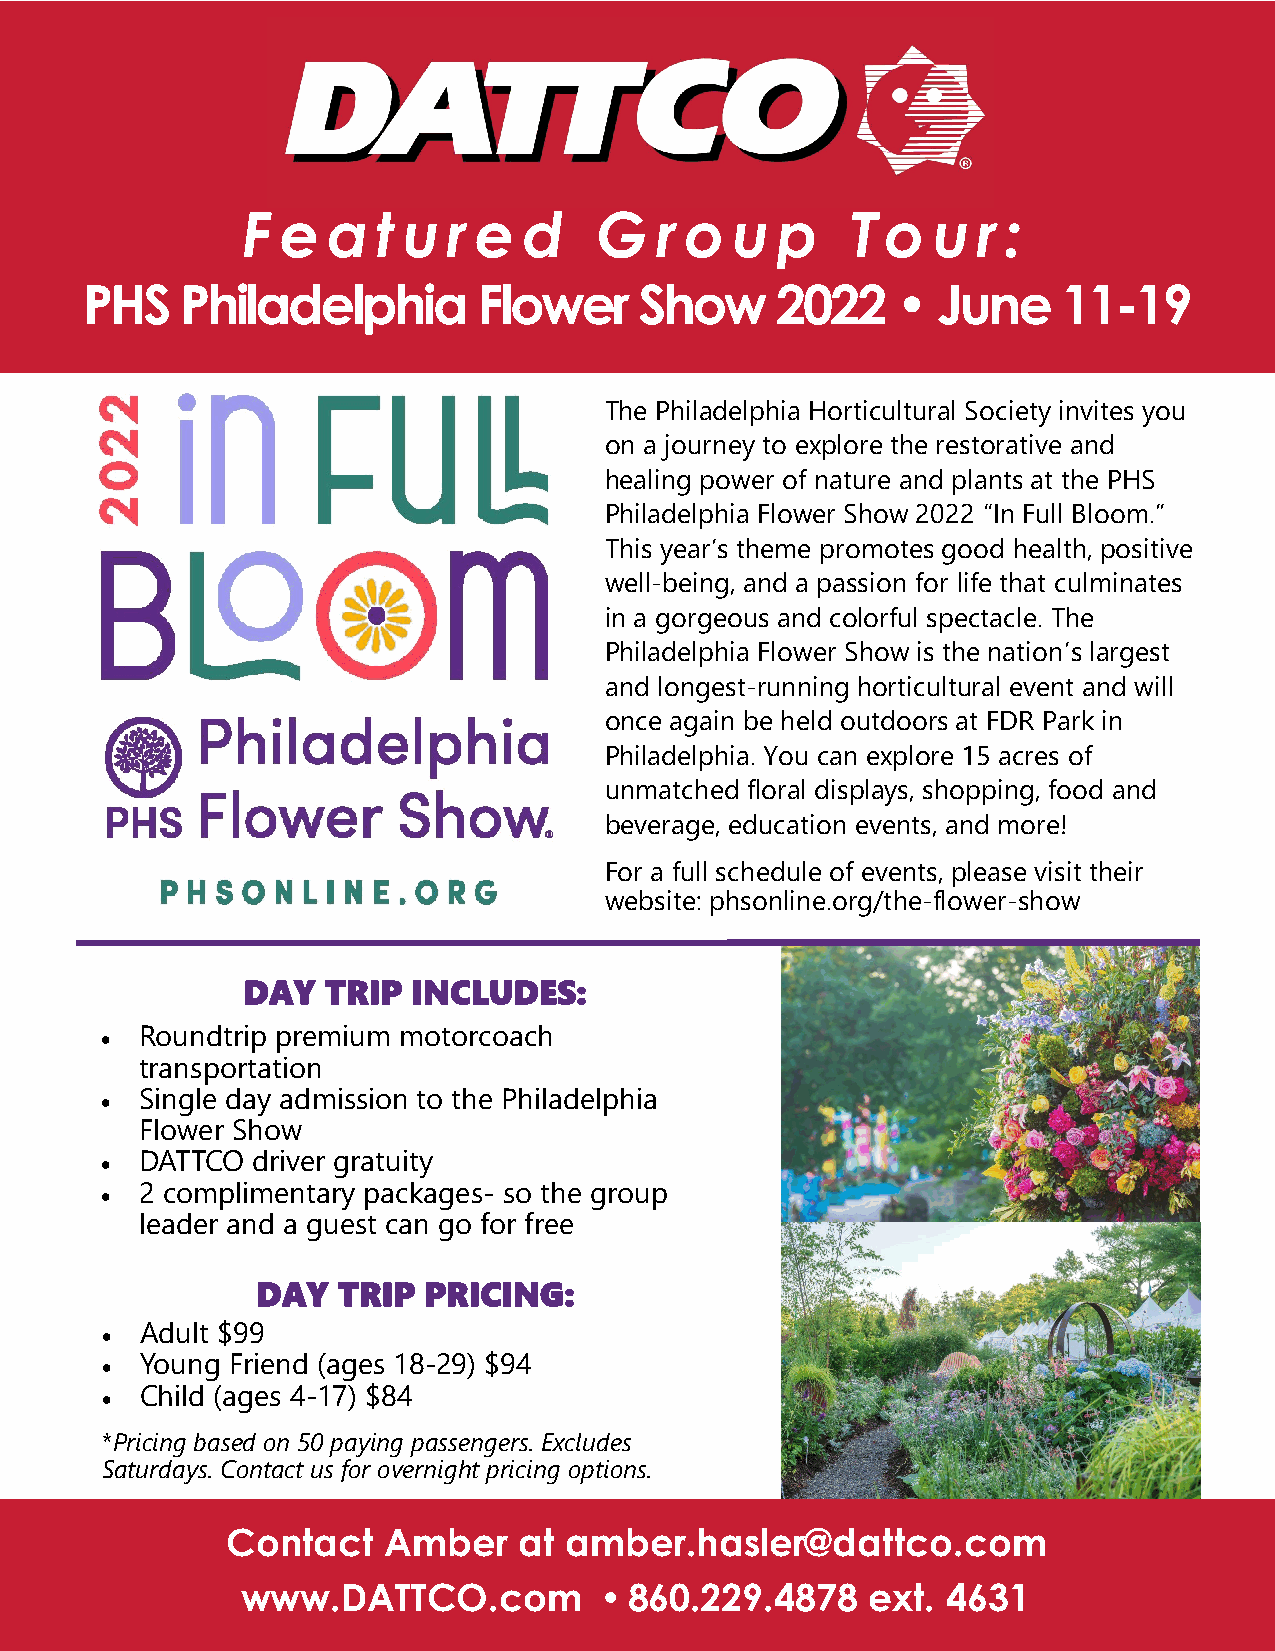
F  e  a  t u  r e  d   G   r o  u  p    T  o  u  r :
 PHS    Philadelphia        Flower    Show     2022    •  June    11-19
 The Philadelphia Horticultural Society invites you
 on a journey to explore the restorative and
 healing power of nature and plants at the PHS
 Philadelphia Flower Show 2022 “In Full Bloom.”
 This year’s theme promotes good health, positive
 well-being, and a passion for life that culminates
 in a gorgeous and colorful spectacle. The
 Philadelphia Flower Show is the nation’s largest
 and longest-running horticultural event and will
 once again be held outdoors at FDR Park in
 Philadelphia. You can explore 15 acres of
 unmatched floral displays, shopping, food and
 beverage, education events, and more!
 For a full schedule of events, please visit their
 website: phsonline.org/the-flower-show
 DAY  TRIP  INCLUDES:
 Roundtrip premium motorcoach
 •
 transportation
 Single day admission to the Philadelphia
 •
 Flower Show
 DATTCO  driver gratuity
 •
 2 complimentary packages- so the group
 •
 leader and a guest can go for free
 DAY  TRIP  PRICING:
 Adult $99
 •
 Young Friend (ages 18-29) $94
 •
 Child (ages 4-17) $84
 •
 *Pricing based on 50 paying passengers. Excludes
 Saturdays. Contact us for overnight pricing options.
 Contact   Amber    at amber.hasler@dattco.com
 www.DATTCO.com          • 860.229.4878    ext. 4631